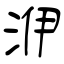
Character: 洢